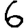
Digit: 6